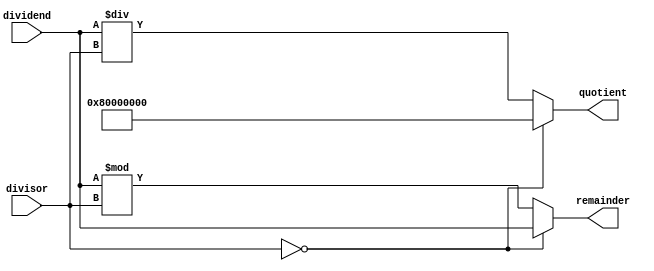
module Asynchronous_Divider (
    input wire signed [31:0] dividend,
    input wire signed [31:0] divisor,
    output wire signed [31:0] quotient,
    output wire signed [31:0] remainder
);

reg signed [31:0] q;
reg signed [31:0] r;

always @(*) begin
    if (divisor == 32'h0) begin
        q = 32'h80000000; // Set quotient to negative overflow value
        r = dividend; // Remainder will be the same as dividend
    end 
    else begin
        q = dividend / divisor;
        r = dividend % divisor;
    end
end

assign quotient = q;
assign remainder = r;

endmodule